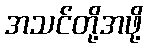
အသင်တို့အဖို့